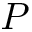
P